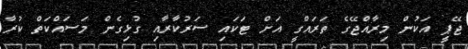
ޖޭޕީ އަކުން މިރާއްޖޭގެ ތަރައްގީ އަށް ޓަކައި ސަރުކާރާއި ގުޅިގެން މަސައްކަތް ކުރާ